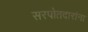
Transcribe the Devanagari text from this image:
सरपोतदारांना